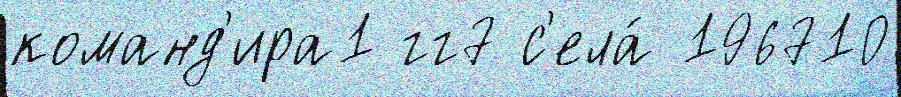
команд'ира1 гг7 с'ела́ 196710